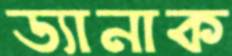
ড্যানাক